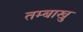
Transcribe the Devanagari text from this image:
तम्बाखु